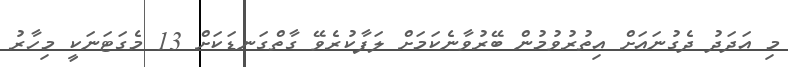
މި އަދަދު ދެގުނައަށް އިތުރުވުމުން ބޭރުވާނެކަމަށް ލަފާކުރެވޭ ގާތްގަނޑަކަށް 13 މެގަޓަނަކީ މިހާރު